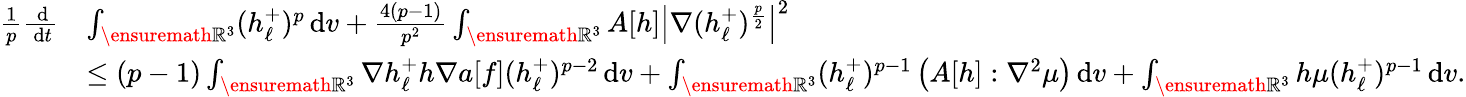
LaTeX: \begin{array}{rl}{\frac{1}{p}\frac{\, \mathrm{d}}{\, \mathrm{d}t}}&{\int_{\ensuremath{{\mathbb R}}^{3}}(h_{\ell}^{+})^{p}\, \mathrm{d}v+\frac{4(p-1)}{p^{2}}\int_{\ensuremath{{\mathbb R}}^{3}}A[h]\left\vert\nabla(h_{\ell}^{+})^{\frac{p}{2}}\right\vert^{2}}\\ &{\leq(p-1)\int_{\ensuremath{{\mathbb R}}^{3}}\nabla h_{\ell}^{+}h\nabla a[f](h_{\ell}^{+})^{p-2}\, \mathrm{d}v+\int_{\ensuremath{{\mathbb R}}^{3}}(h_{\ell}^{+})^{p-1}\left(A[h]:\nabla^{2}\mu\right)\, \mathrm{d}v+\int_{\ensuremath{{\mathbb R}}^{3}}h\mu(h_{\ell}^{+})^{p-1}\, \mathrm{d}v.}\end{array}